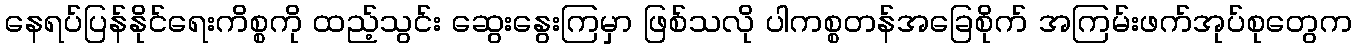
နေရပ်ပြန်နိုင်ရေးကိစ္စကို ထည့်သွင်း ဆွေးနွေးကြမှာ ဖြစ်သလို ပါကစ္စတန်အခြေစိုက် အကြမ်းဖက်အုပ်စုတွေက